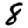
Digit: 8